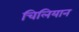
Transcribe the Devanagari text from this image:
चिलियान